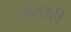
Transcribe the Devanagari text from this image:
करतेही